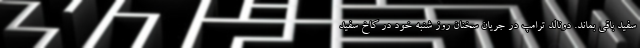
سفید باقی بماند. دونالد ترامپ در جریان سخنان روز شنبه خود در کاخ سفید